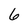
Character: 6